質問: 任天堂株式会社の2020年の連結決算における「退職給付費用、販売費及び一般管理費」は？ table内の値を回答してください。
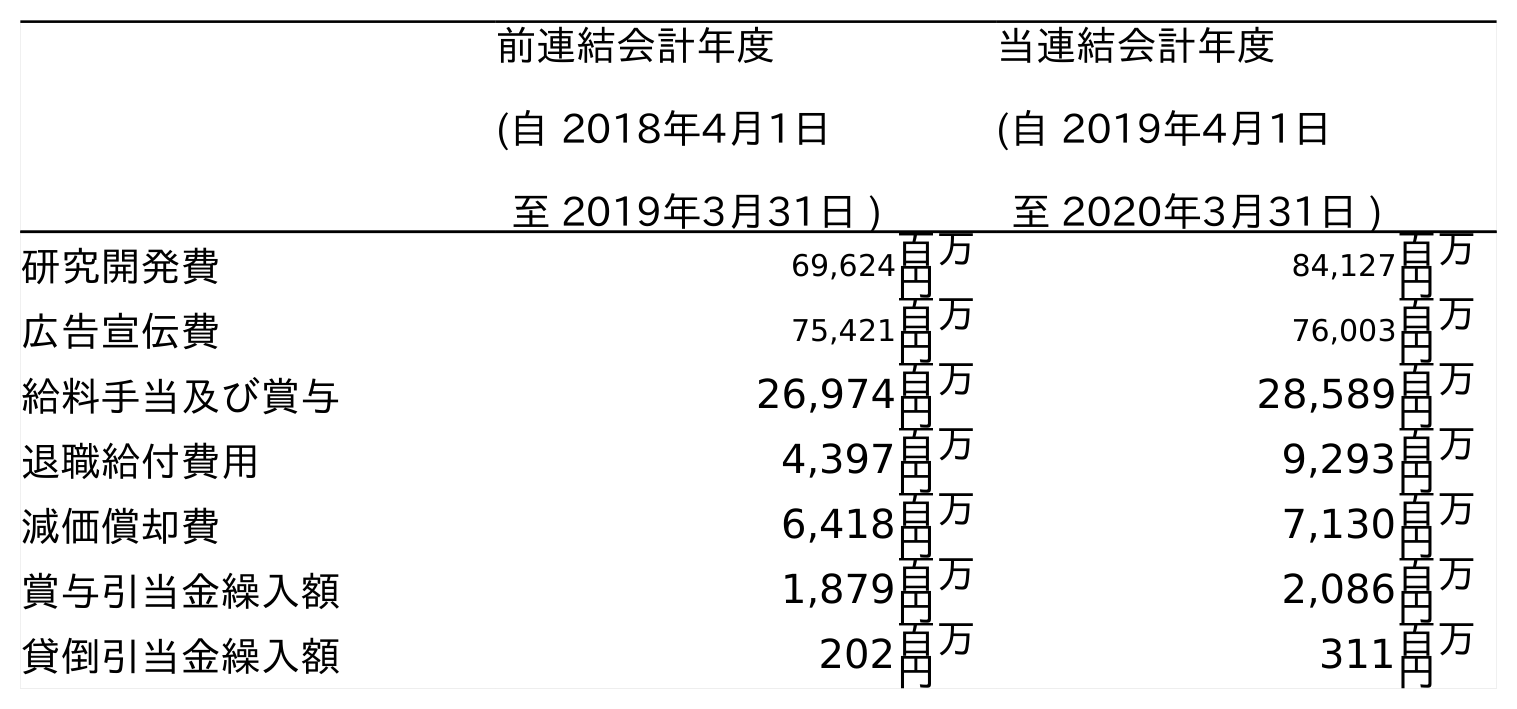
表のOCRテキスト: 前連結会計年度 (自 2018年4月1日 至 2019年3月31日 ) 当連結会計年度 (自 2019年4月1日 至 2020年3月31日 ) 研究開発費 69,624百万 円 84,127百万 円 広告宣伝費 75,421百万 円 76,003百万 円 給料手当及び賞与 26,974百万 円 28,589百万 円 退職給付費用 4,397百万 円 9,293百万 円 減価償却費 6,418百万 円 7,130百万 円 賞与引当金繰入額 1,879百万 円 2,086百万 円 貸倒引当金繰入額 202百万 円 311百万 円
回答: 9,293